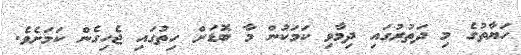
ހަޔާތުގެ މި ދަތުރުގައި ދިމާވި ކަމަކުން މާ ބޮޑަށް ހިތުގައި ޖެހިގެން ކަމަށެވެ.